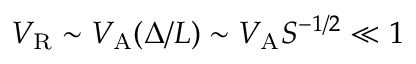
V _ { \mathrm { R } } \sim V _ { \mathrm { A } } ( \Delta / L ) \sim V _ { \mathrm { A } } S ^ { - 1 / 2 } \ll 1